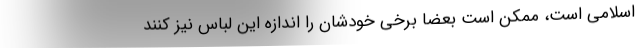
اسلامی است، ممکن است بعضا برخی خودشان را اندازه این لباس نیز کنند